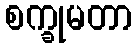
စက္ခုမတာ